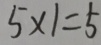
5 \times 1 = 5